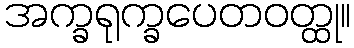
အက္ခရုက္ခပေတဝတ္ထု။